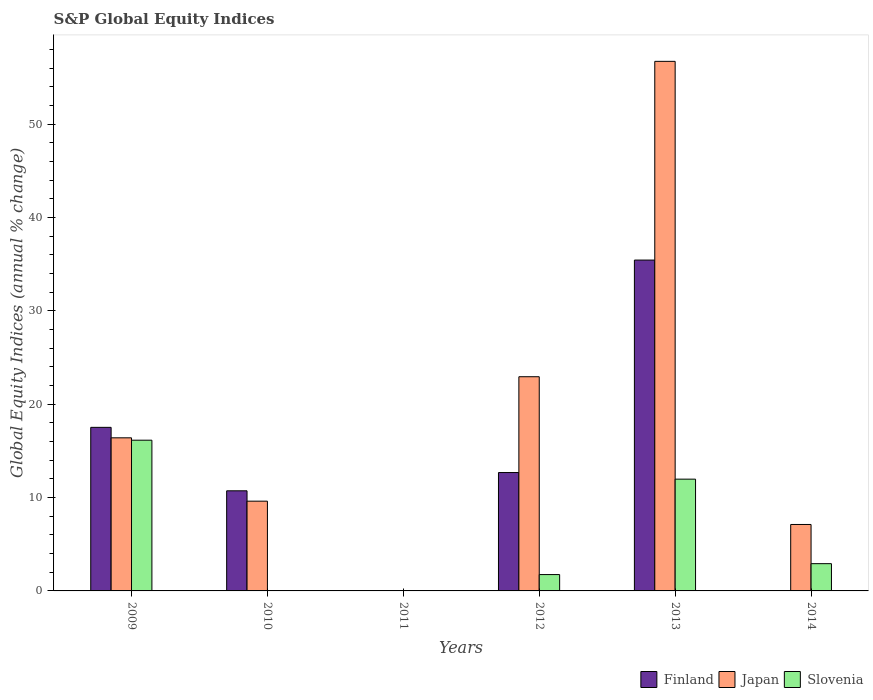
| Years | Finland | Japan | Slovenia |
 | --- | --- | --- | --- |
 | 2009 | 17.5 | 16.4 | 16.1 |
 | 2010 | 10.7 | 9.61 | -20.3 |
 | 2011 | -33.1 | -12.2 | -30.7 |
 | 2012 | 12.7 | 22.9 | 1.75 |
 | 2013 | 35.4 | 56.7 | 12 |
 | 2014 | -5.63 | 7.12 | 2.92 |